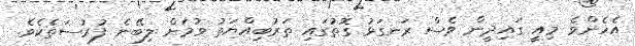
އެހެންވެ މިއީ ގައިދީން ވެސް ރަނގަޅު ގޮތުގައި ތަރުބިއްޔަތު ވުމަށް ލިބޭނެ ފުރުސަތެކެވެ.